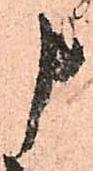
申